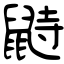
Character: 鼭